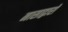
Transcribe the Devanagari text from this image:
नासाद्वारों